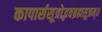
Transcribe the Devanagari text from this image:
कापार्ससूत्रोद्भवब्रह्मसूत्रम्॥